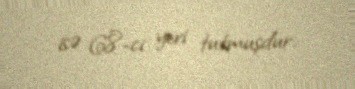
isə 68-ci yeri tutmuşdur.